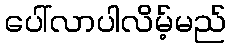
ပေါ်လာပါလိမ့်မည်